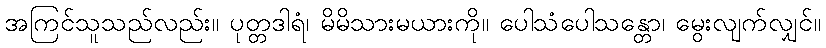
အကြင်သူသည်လည်း။ ပုတ္တဒါရံ၊ မိမိသားမယားကို။ ပေါသံပေါသန္တော၊ မွေးလျက်လျှင်။